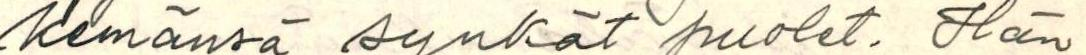
kemänsä synkät puolet. Hän